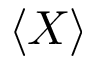
\langle X \rangle